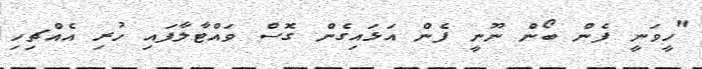
"ހީވަނީ ފެން ބޯން ނޫނީ ފެން އަޅައިގެން ގޮސް ވައްޓާލާފައި ހުރި އެއްޗިހި